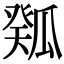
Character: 𤬉